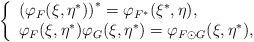
LaTeX: \begin{align*}\left\{ \begin{array}{l}\left( \varphi _F(\xi ,\eta ^{*})\right) ^{*}=\varphi _{F^{*}}(\xi ^{*},\eta), \\ \varphi _F(\xi ,\eta ^{*})\varphi _G(\xi ,\eta ^{*})=\varphi _{F\odot G}(\xi,\eta ^{*}),\end{array}\right. \end{align*}